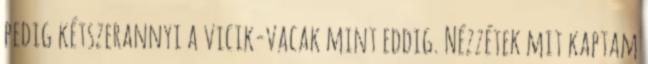
pedig kétszerannyi a vicik-vacak mint eddig. Nézzétek mit kaptam